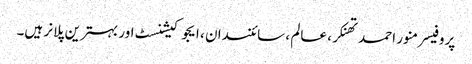
پروفیسر منور احمد تھنکر ، عالم ، سائنسدان ، ایجوکیشنسٹ اور بہترین پلانر ہیں۔